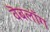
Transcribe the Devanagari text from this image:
वॆबलॉग